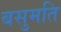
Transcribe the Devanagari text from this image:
बसुमति